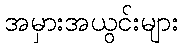
အမှားအယွင်းများ